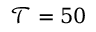
\mathcal { T } = 5 0